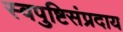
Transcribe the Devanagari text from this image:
स्वपुष्टिसंप्रदाय